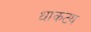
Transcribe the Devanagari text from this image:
धाकट्य